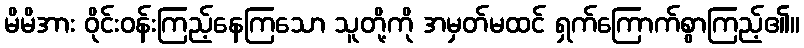
မိမိအား ဝိုင်းဝန်းကြည့်နေကြသော သူတို့ကို အမှတ်မထင် ရှက်ကြောက်စွာကြည့်၏။